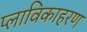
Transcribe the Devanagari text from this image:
प्लाविकाहरण